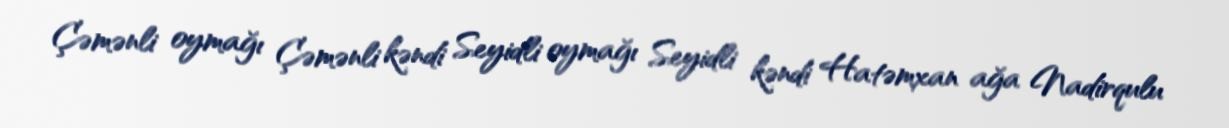
Çəmənli oymağı Çəmənli kəndi Seyidli oymağı Seyidli kəndi Hatəmxan ağa Nadirqulu